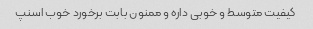
کیفیت متوسط و خوبی داره و ممنون بابت برخورد خوب اسنپ